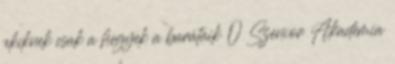
akiknek csak a hegyek a barátaik 0 Szenior Akadémia